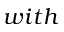
w i t h